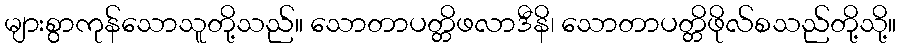
များစွာကုန်သောသူတို့သည်။ သောတာပတ္တိဖလာဒီနိ၊ သောတာပတ္တိဖိုလ်စသည်တို့သို့။